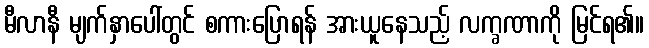
မီလာနီ မျက်နှာပေါ်တွင် စကားပြောရန် အားယူနေသည့် လက္ခဏာကို မြင်ရ၏။